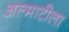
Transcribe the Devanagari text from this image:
अल्माटीला